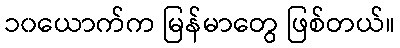
၁၀ယောက်က မြန်မာတွေ ဖြစ်တယ်။